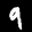
Label: 9